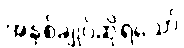
အနှစ်ချုပ်ဆိုရသော်